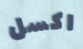
اكسل